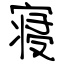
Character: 寝